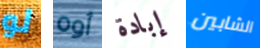
لو أوه إبادة الشابين